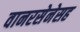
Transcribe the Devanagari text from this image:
वानरसेनेसह